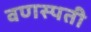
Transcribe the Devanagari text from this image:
वणस्पती